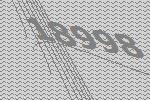
18998